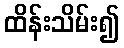
ထိန်းသိမ်း၍